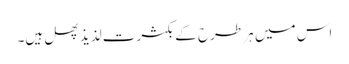
اس میں ہر طرح کے بکثرت لذیذ پھل ہیں۔